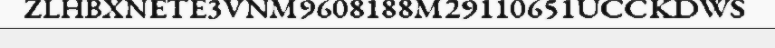
ZLHBXNETE3VNM9608188M29110651UCCKDWS